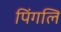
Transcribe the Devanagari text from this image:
पिंगलि